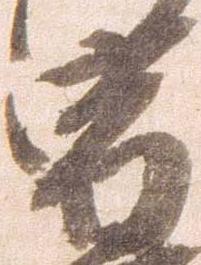
宿